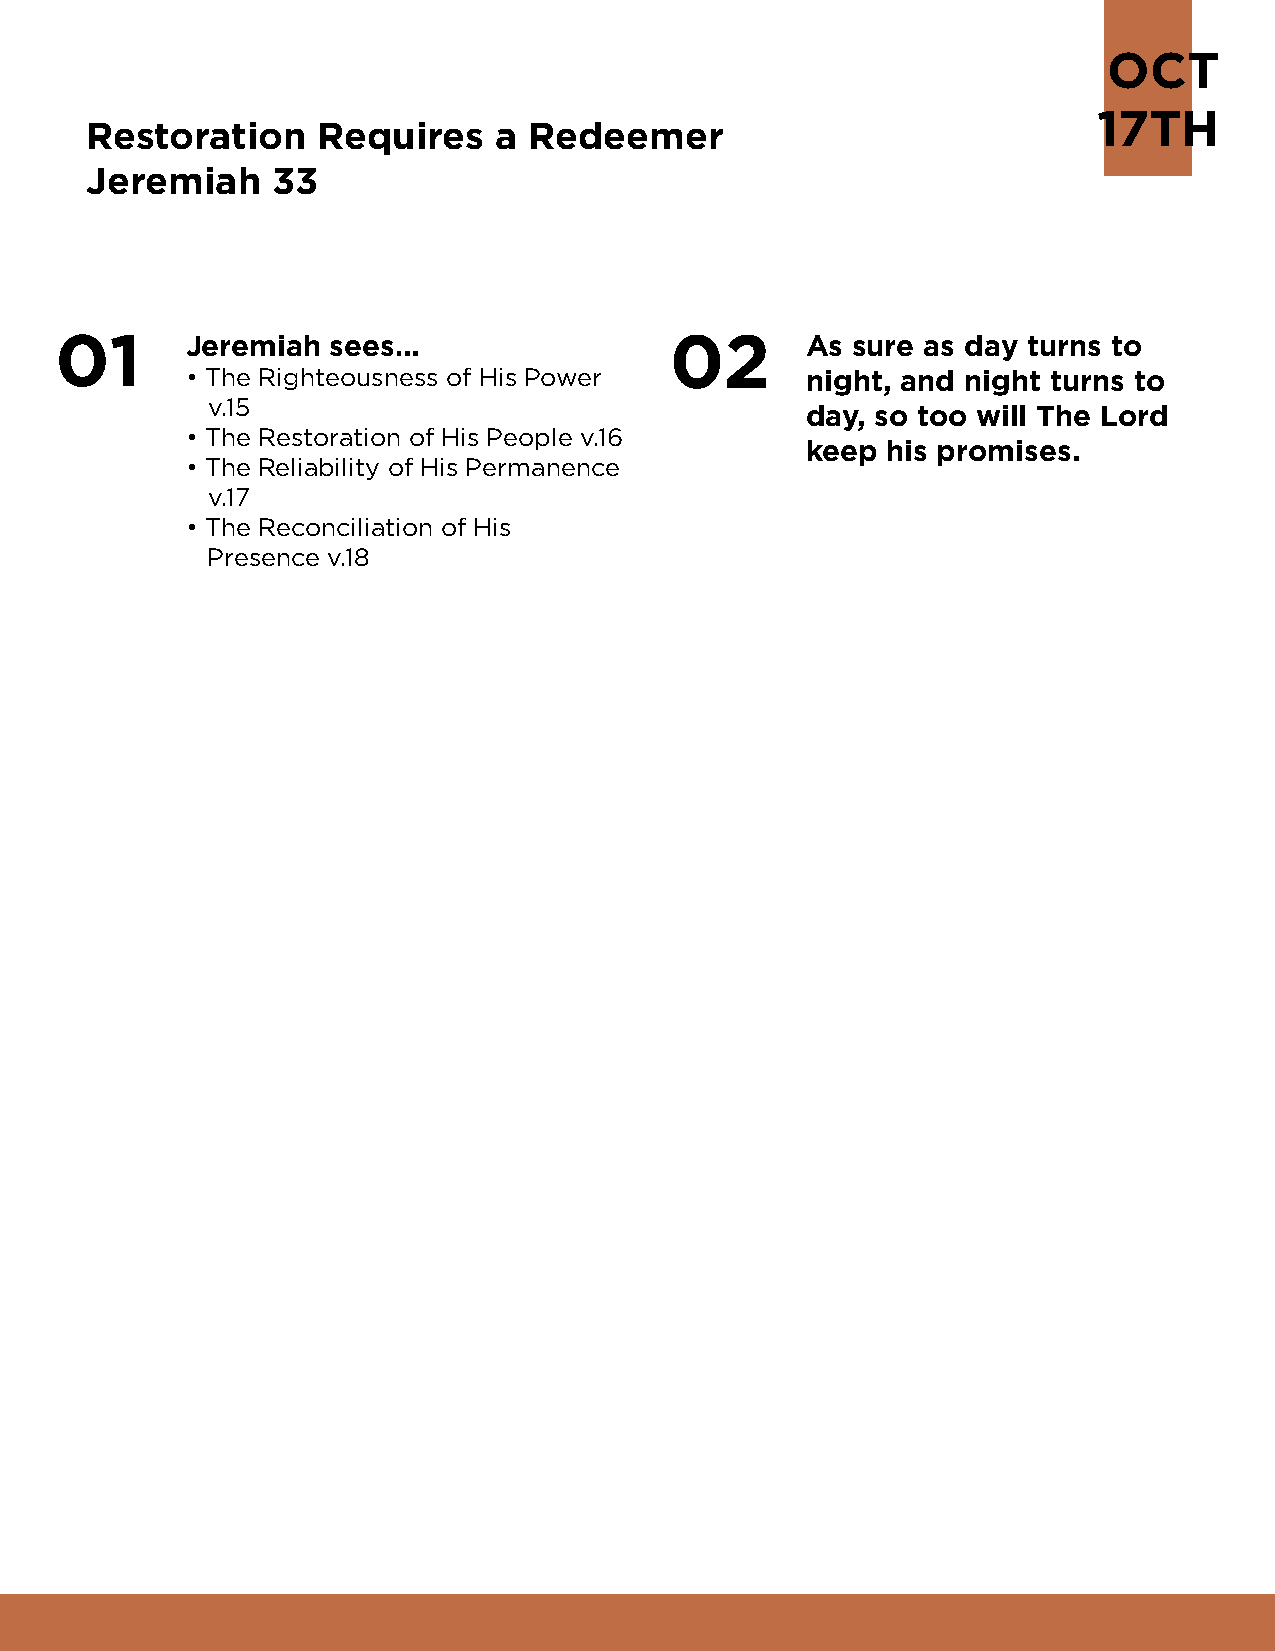
OCT
 17TH
 Restoration    Requires    a Redeemer
 Jeremiah    33
 01      Jeremiah  sees…                 02       As sure as day turns to
 • The Righteousness of His Power         night, and night turns to
 v.15
 day, so too will The Lord
 • The Restoration of His People v.16
 keep  his promises.
 • The Reliability of His Permanence
 v.17
 • The Reconciliation of His
 Presence v.18